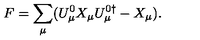
F = \sum _ { \mu } ( U _ { \mu } ^ { 0 } X _ { \mu } U _ { \mu } ^ { 0 \dagger } - X _ { \mu } ) .